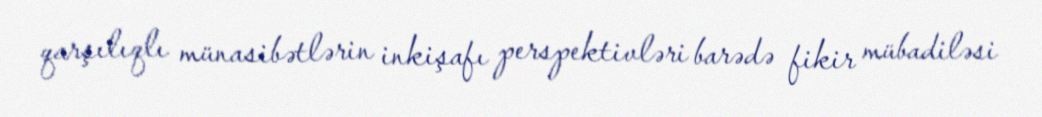
qarşılıqlı münasibətlərin inkişafı perspektivləri barədə fikir mübadiləsi